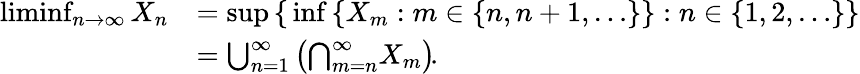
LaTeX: {\begin{array}{rl}{\operatorname*{liminf}_{n\to\infty}X_{n}}&{=\operatorname*{sup}\, \{ \, \operatorname*{inf}\, \{ X_{m}:m\in\{ n,n+1,\ldots\} \} :n\in\{ 1,2,\dots\} \} }\\ &{=\bigcup_{n=1}^{\infty}\left({\bigcap_{m=n}^{\infty}}X_{m}\right)\! .}\end{array}}